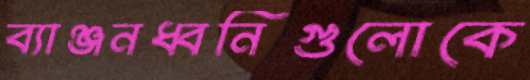
ব্যাঞ্জনধ্বনিগুলোকে